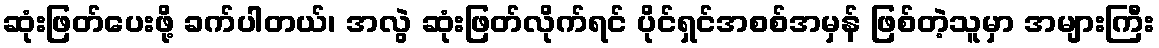
ဆုံးဖြတ်ပေးဖို့ ခက်ပါတယ်၊ အလွဲ ဆုံးဖြတ်လိုက်ရင် ပိုင်ရှင်အစစ်အမှန် ဖြစ်တဲ့သူမှာ အများကြီး